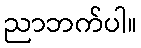
ညာဘက်ပါ။